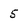
Character: 5